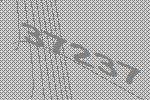
37237